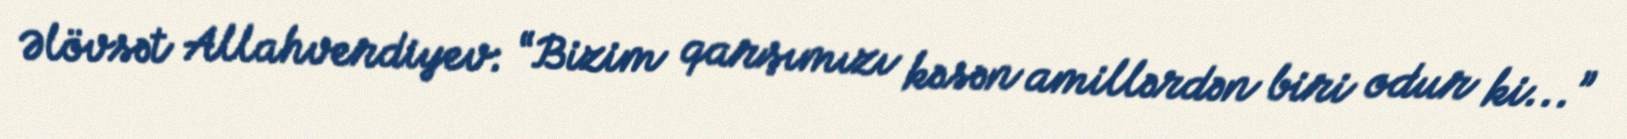
Əlövsət Allahverdiyev: “Bizim qarşımızı kəsən amillərdən biri odur ki...”